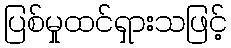
ပြစ်မှုထင်ရှားသဖြင့်